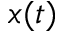
x ( t )